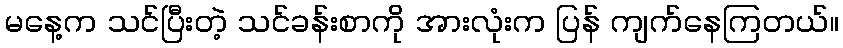
မနေ့က သင်ပြီးတဲ့ သင်ခန်းစာကို အားလုံးက ပြန် ကျက်နေကြတယ်။